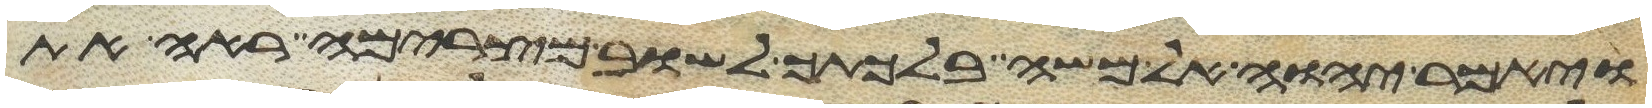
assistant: ויאמר יהוה אל משה בלכתך לשוב מצרימה ראה את